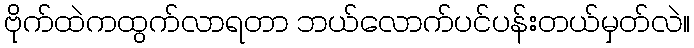
ဗိုက်ထဲကထွက်လာရတာ ဘယ်လောက်ပင်ပန်းတယ်မှတ်လဲ။